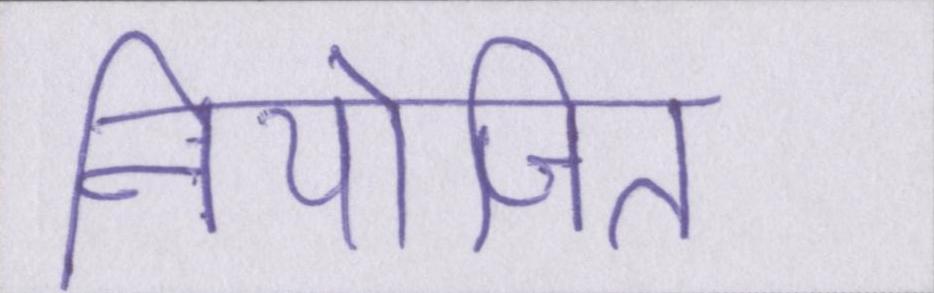
नियोजित